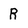
Character: R